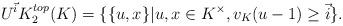
LaTeX: \begin{align*}U^{\vec{i}}K_2^{top}(K)=\{\{u,x\} | u,x\in K^\times, v_K(u-1)\geq \vec{i}\}.\end{align*}